Vaccination in Bombay 1863-1868 - 1863-1868
Year: 1863
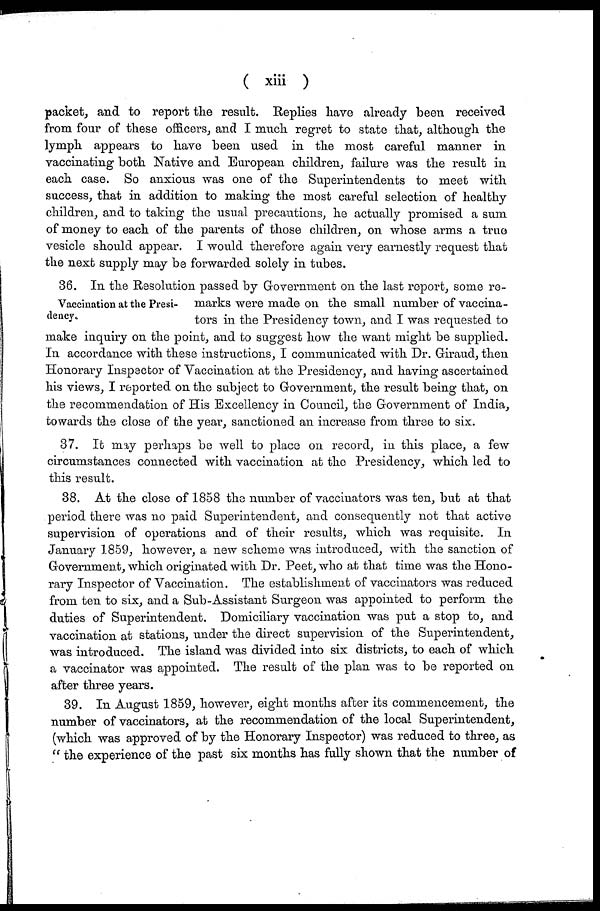
( xiii )
packet, and to report the result. Replies have already been received
from four of these officers, and I much regret to state that, although the
lymph appears to have been used in the most careful manner in
vaccinating both Native and European children, failure was the result in
each case. So anxious was one of the Superintendents to meet with
success, that in addition to making the most careful selection of healthy
children, and to taking the usual precautions, he actually promised a sum
of money to each of the parents of those children, on whose arms a true
vesicle should appear. I would therefore again very earnestly request that
the next supply may be forwarded solely in tubes.
Vaccination at the Presi-
dency.
36. In the Resolution passed by Government on the last report, some re-
marks were made on the small number of vaccina-
tors in the Presidency town, and I was requested to
make inquiry on the point, and to suggest how the want might be supplied.
In accordance with these instructions, I communicated with Dr. Giraud, then
Honorary Inspector of Vaccination at the Presidency, and having ascertained
his views, I reported on the subject to Government, the result being that, on
the recommendation of His Excellency in Council, the Government of India,
towards the close of the year, sanctioned an increase from three to six.
37. It may perhaps be well to place on record, in this place, a few
circumstances connected with vaccination at the Presidency, which led to
this result.
38. At the close of 1858 the number of vaccinators was ten, but at that
period there was no paid Superintendent, and consequently not that active
supervision of operations and of their results, which was requisite. In
January 1859, however, a new scheme was introduced, with the sanction of
Government, which originated with Dr. Peet, who at that time was the Hono-
rary Inspector of Vaccination. The establishment of vaccinators was reduced
from ten to six, and a Sub-Assistant Surgeon was appointed to perform the
duties of Superintendent. Domiciliary vaccination was put a stop to, and
vaccination at stations, under the direct supervision of the Superintendent,
was introduced. The island was divided into six districts, to each of which
a vaccinator was appointed. The result of the plan was to be reported on
after three years.
39. In August 1859, however, eight months after its commencement, the
number of vaccinators, at the recommendation of the local Superintendent,
(which was approved of by the Honorary Inspector) was reduced to three, as
" the experience of the past six months has fully shown that the number of